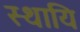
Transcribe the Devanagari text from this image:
स्थायि